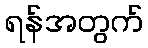
ရန်အတွက်